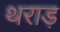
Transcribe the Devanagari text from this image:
थराड़